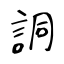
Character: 詷